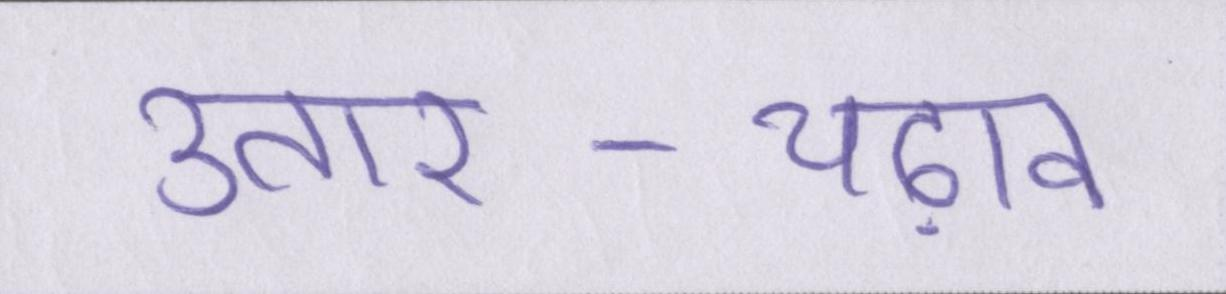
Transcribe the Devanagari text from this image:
उतार-चढ़ाव